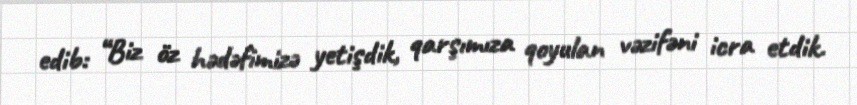
edib: “Biz öz hədəfimizə yetişdik, qarşımıza qoyulan vəzifəni icra etdik.